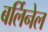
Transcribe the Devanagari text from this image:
बर्लिनेल